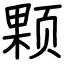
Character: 颗